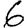
Digit: 6